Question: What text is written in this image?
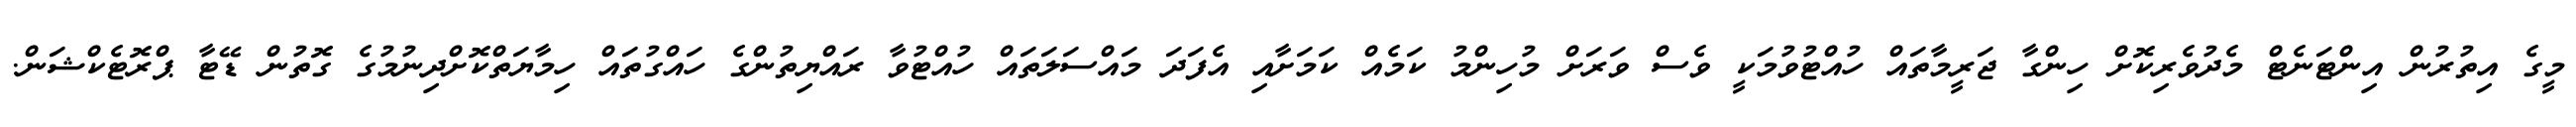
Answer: މީގެ އިތުރުން އިންޓަނެޓް މެދުވެރިކޮށް ހިންގާ ޖަރީމާތައް ހުއްޓުވުމަކީ ވެސް ވަރަށް މުހިންމު ކަމެއް ކަމަށާއި އެފަދަ މައްސަލަތައް ހުއްޓުވާ ރައްޔިތުންގެ ހައްގުތައް ހިމާޔަތްކޮށްދިނުމުގެ ގޮތުން ޑޭޓާ ޕްރޮޓެކްޝަން.